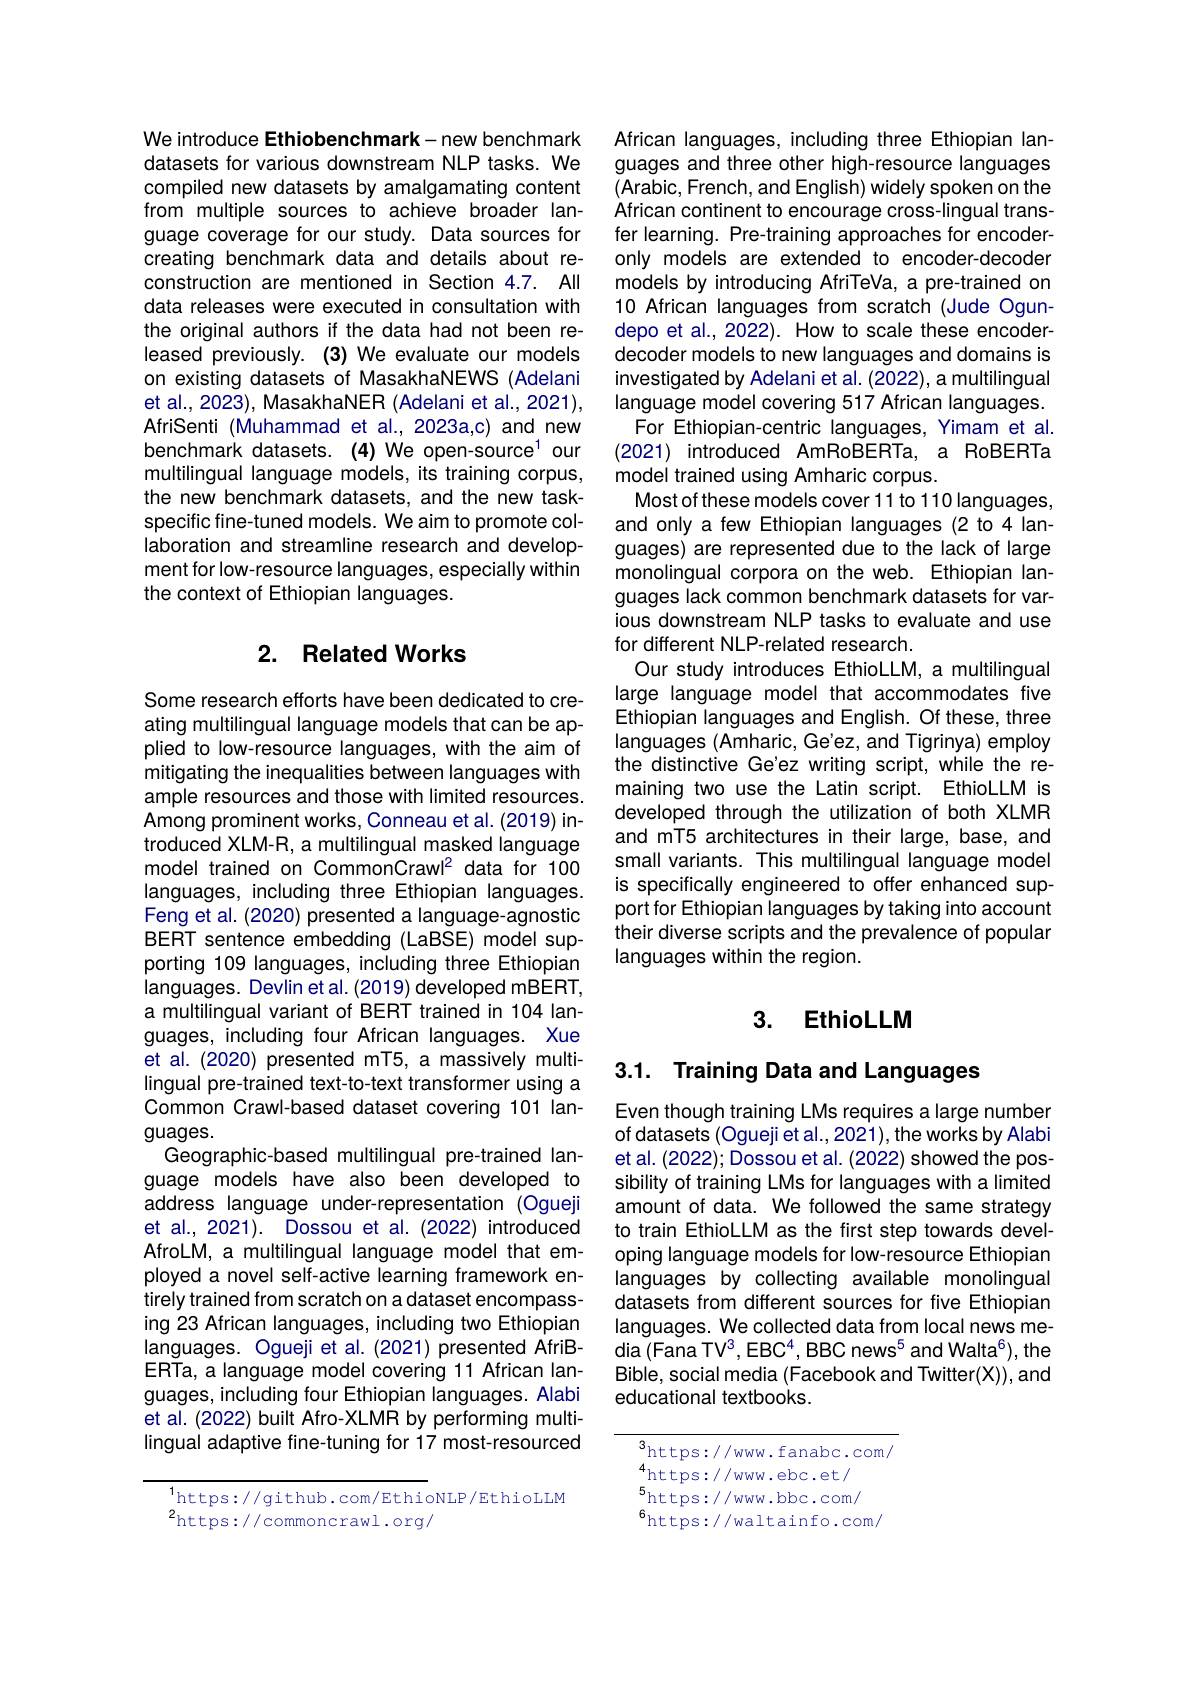
We introduce Ethiobenchmark-new benchmark datasets for various downstream NLP tasks. We compiled new datasets by amalgamating content from multiple sources to achieve broader language coverage for our study. Data sources for creating benchmark data and details about reconstruction are mentioned in Section 4.7. All data releases were executed in consultation with the original authors if the data had not been released previously. (3) We evaluate our models on existing datasets of MasakhaNEWS (Adelani et al., 2023), MasakhaNER (Adelani et al., 2021), AfriSenti (Muhammad et al.,2023a,c) and new benchmark datasets. (4) We open-source$^{1}$ our multilingual language models, its training corpus, the new benchmark datasets, and the new taskspecific fine-tuned models. We aim to promote collaboration and streamline research and development for low-resource languages, especially within the context of Ethiopian languages.

## 2. Related Works

Some research efforts have been dedicated to creating multilingual language models that can be applied to low-resource languages, with the aim of mitigating the inequalities between languages with ample resources and those with limited resources. Among prominent works, Conneau et al. (2019) introduced XLM-R, a multilingual masked language model trained on CommonCrawl? data for 100 languages, including three Ethiopian languages. Feng et al. (2020) presented a language-agnostic BERT sentence embedding (LaBSE) model supporting 109 languages, including three Ethiopian languages. Devlin et al.(2019) developed mBERT, a multilingual variant of BERT trained in 104 languages, including four African languages. Xue et al. (2020) presented mT5, a massively multilingual pre-trained text-to-text transformer using a Common Crawl-based dataset covering 101 languages.
Geographic-based multilingual pre-trained language models have also been developed to address language under-representation (Ogueji et al., 2021). Dossou et al. (2022) introduced AfroLM, a multilingual language model that employed a novel self-active learning framework entirely trained from scratch on a dataset encompassing 23 African languages, including two Ethiopian languages. Ogueji et al.(2021) presented AfriBERTa, a language model covering 11 African languages, including four Ethiopian languages. Alabi et al. (2022) built Afro-XLMR by performing multilingual adaptive fine-tuning for 17 most-resourced

$^{1}$https://github.com/EthioNLP/EthioLLM
$^{2}$https://commoncrawl.org/

African languages, including three Ethiopian languages and three other high-resource languages (Arabic, French, and English) widely spoken on the African continent to encourage cross-lingual transfer learning. Pre-training approaches for encoderonly models are extended to encoder-decoder models by introducing AfriTeVa, a pre-trained on 10 African languages from scratch (Jude Ogundepo et al., 2022). How to scale these encoderdecoder models to new languages and domains is investigated by Adelani et al. (2022), a multilingual language model covering 517 African languages. For Ethiopian-centric languages, Yimam et al. (2021) introduced AmRoBERTa, a RoBERTa model trained using Amharic corpus.
Most of these models cover 11 to 110 languages, and only a few Ethiopian languages (2 to 4 languages) are represented due to the lack of large monolingual corpora on the web. Ethiopian languages lack common benchmark datasets for various downstream NLP tasks to evaluate and use for different NLP-related research.
Our study introduces EthioLLM, a multilingual large language model that accommodates five Ethiopian languages and English. Of these, three languages (Amharic, Ge'ez, and Tigrinya) employ the distinctive Ge'ez writing script, while the remaining two use the Latin script. EthioLLM is developed through the utilization of both XLMR and mT5 architectures in their large, base, and small variants. This multilingual language model is specifically engineered to offer enhanced support for Ethiopian languages by taking into account their diverse scripts and the prevalence of popular languages within the region.

## 3. EthioLLM

3.1. Training Data and Languages

Even though training LMs requires a large number of datasets (Ogueji et al., 2021), the works by Alabi et al. (2022); Dossou et al. (2022) showed the possibility of training LMs for languages with a limited amount of data. We followed the same strategy to train EthioLLM as the first step towards developing language models for low-resource Ethiopian languages by collecting available monolingual datasets from different sources for five Ethiopian languages. We collected data from local news media (Fana TV$^3,\mathrm{EBC}^4,\mathrm{BBC~news}^5$ and Walta$^6)$, the Bible, social media (Facebook and Twitter(X)), and educational textbooks.

${\frac{3}{\mathrm{https://www.fanabc.com/}}}$
4https://www.ebc.et/ $_{6}^{5}$https://www.bbc.com/ $^{6}$https://waltainfo.com/